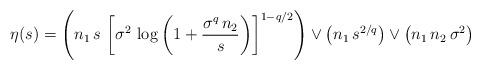
LaTeX: \begin{align*} \eta(s)=\left (n_1\,s\,\left [\sigma^{2}\,\log\left (1+\frac{\sigma^{q}\,n_2}{s}\right )\right ]^{1-q/2}\right )\vee\left ( n_1\,s^{2/q}\right )\vee \left (n_1\,n_2\,\sigma^{2}\right ) \end{align*}